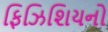
ફિઝિશિયનો